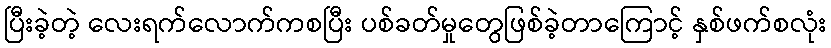
ပြီးခဲ့တဲ့ လေးရက်လောက်ကစပြီး ပစ်ခတ်မှုတွေဖြစ်ခဲ့တာကြောင့် နှစ်ဖက်စလုံး